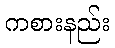
ကစားနည်း